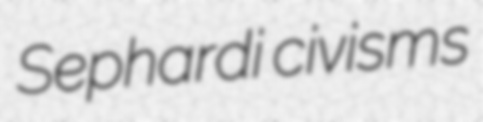
Sephardi civisms